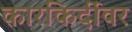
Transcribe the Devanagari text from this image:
कारकिर्दीवर